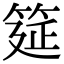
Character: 筵